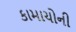
કામાચોની